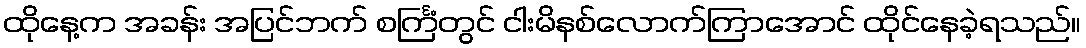
ထိုနေ့က အခန်း အပြင်ဘက် စင်္ကြံတွင် ငါးမိနစ်လောက်ကြာအောင် ထိုင်နေခဲ့ရသည်။